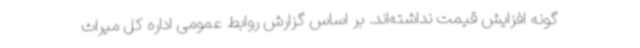
گونه افزایش قیمت نداشته‌اند. بر اساس گزارش روابط عمومی اداره کل میراث